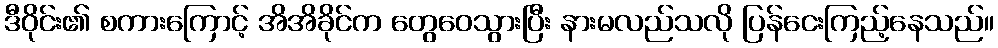
ဒီဝိုင်း၏ စကားကြောင့် အိအိခိုင်က တွေဝေသွားပြီး နားမလည်သလို ပြန်ငေးကြည့်နေသည်။